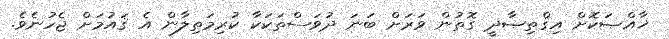
ޚާއްޞަކޮށް އިޤްތިޞާދީ ގޮތުން ވަރަށް ބަނަ ދުވަސްތަކަކާ ކުރިމަތިލާން އެ ޤައުމަށް ޖެހުނެވެ.